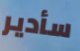
سأدير